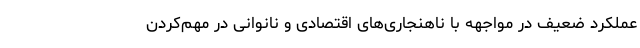
عملکرد ضعیف در مواجهه با ناهنجاری‌های اقتصادی و نانوانی در مهم‌کردن